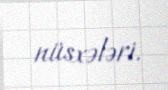
nüsxələri.